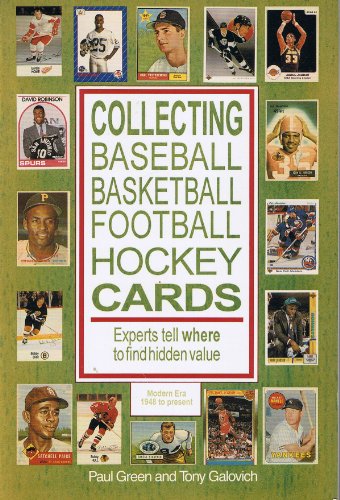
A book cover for Collecting Baseball, Basketball, Football, and Hockey Cards; Paul M. Green; Sports & Outdoors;